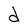
Character: d